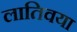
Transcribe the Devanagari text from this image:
लातिवया